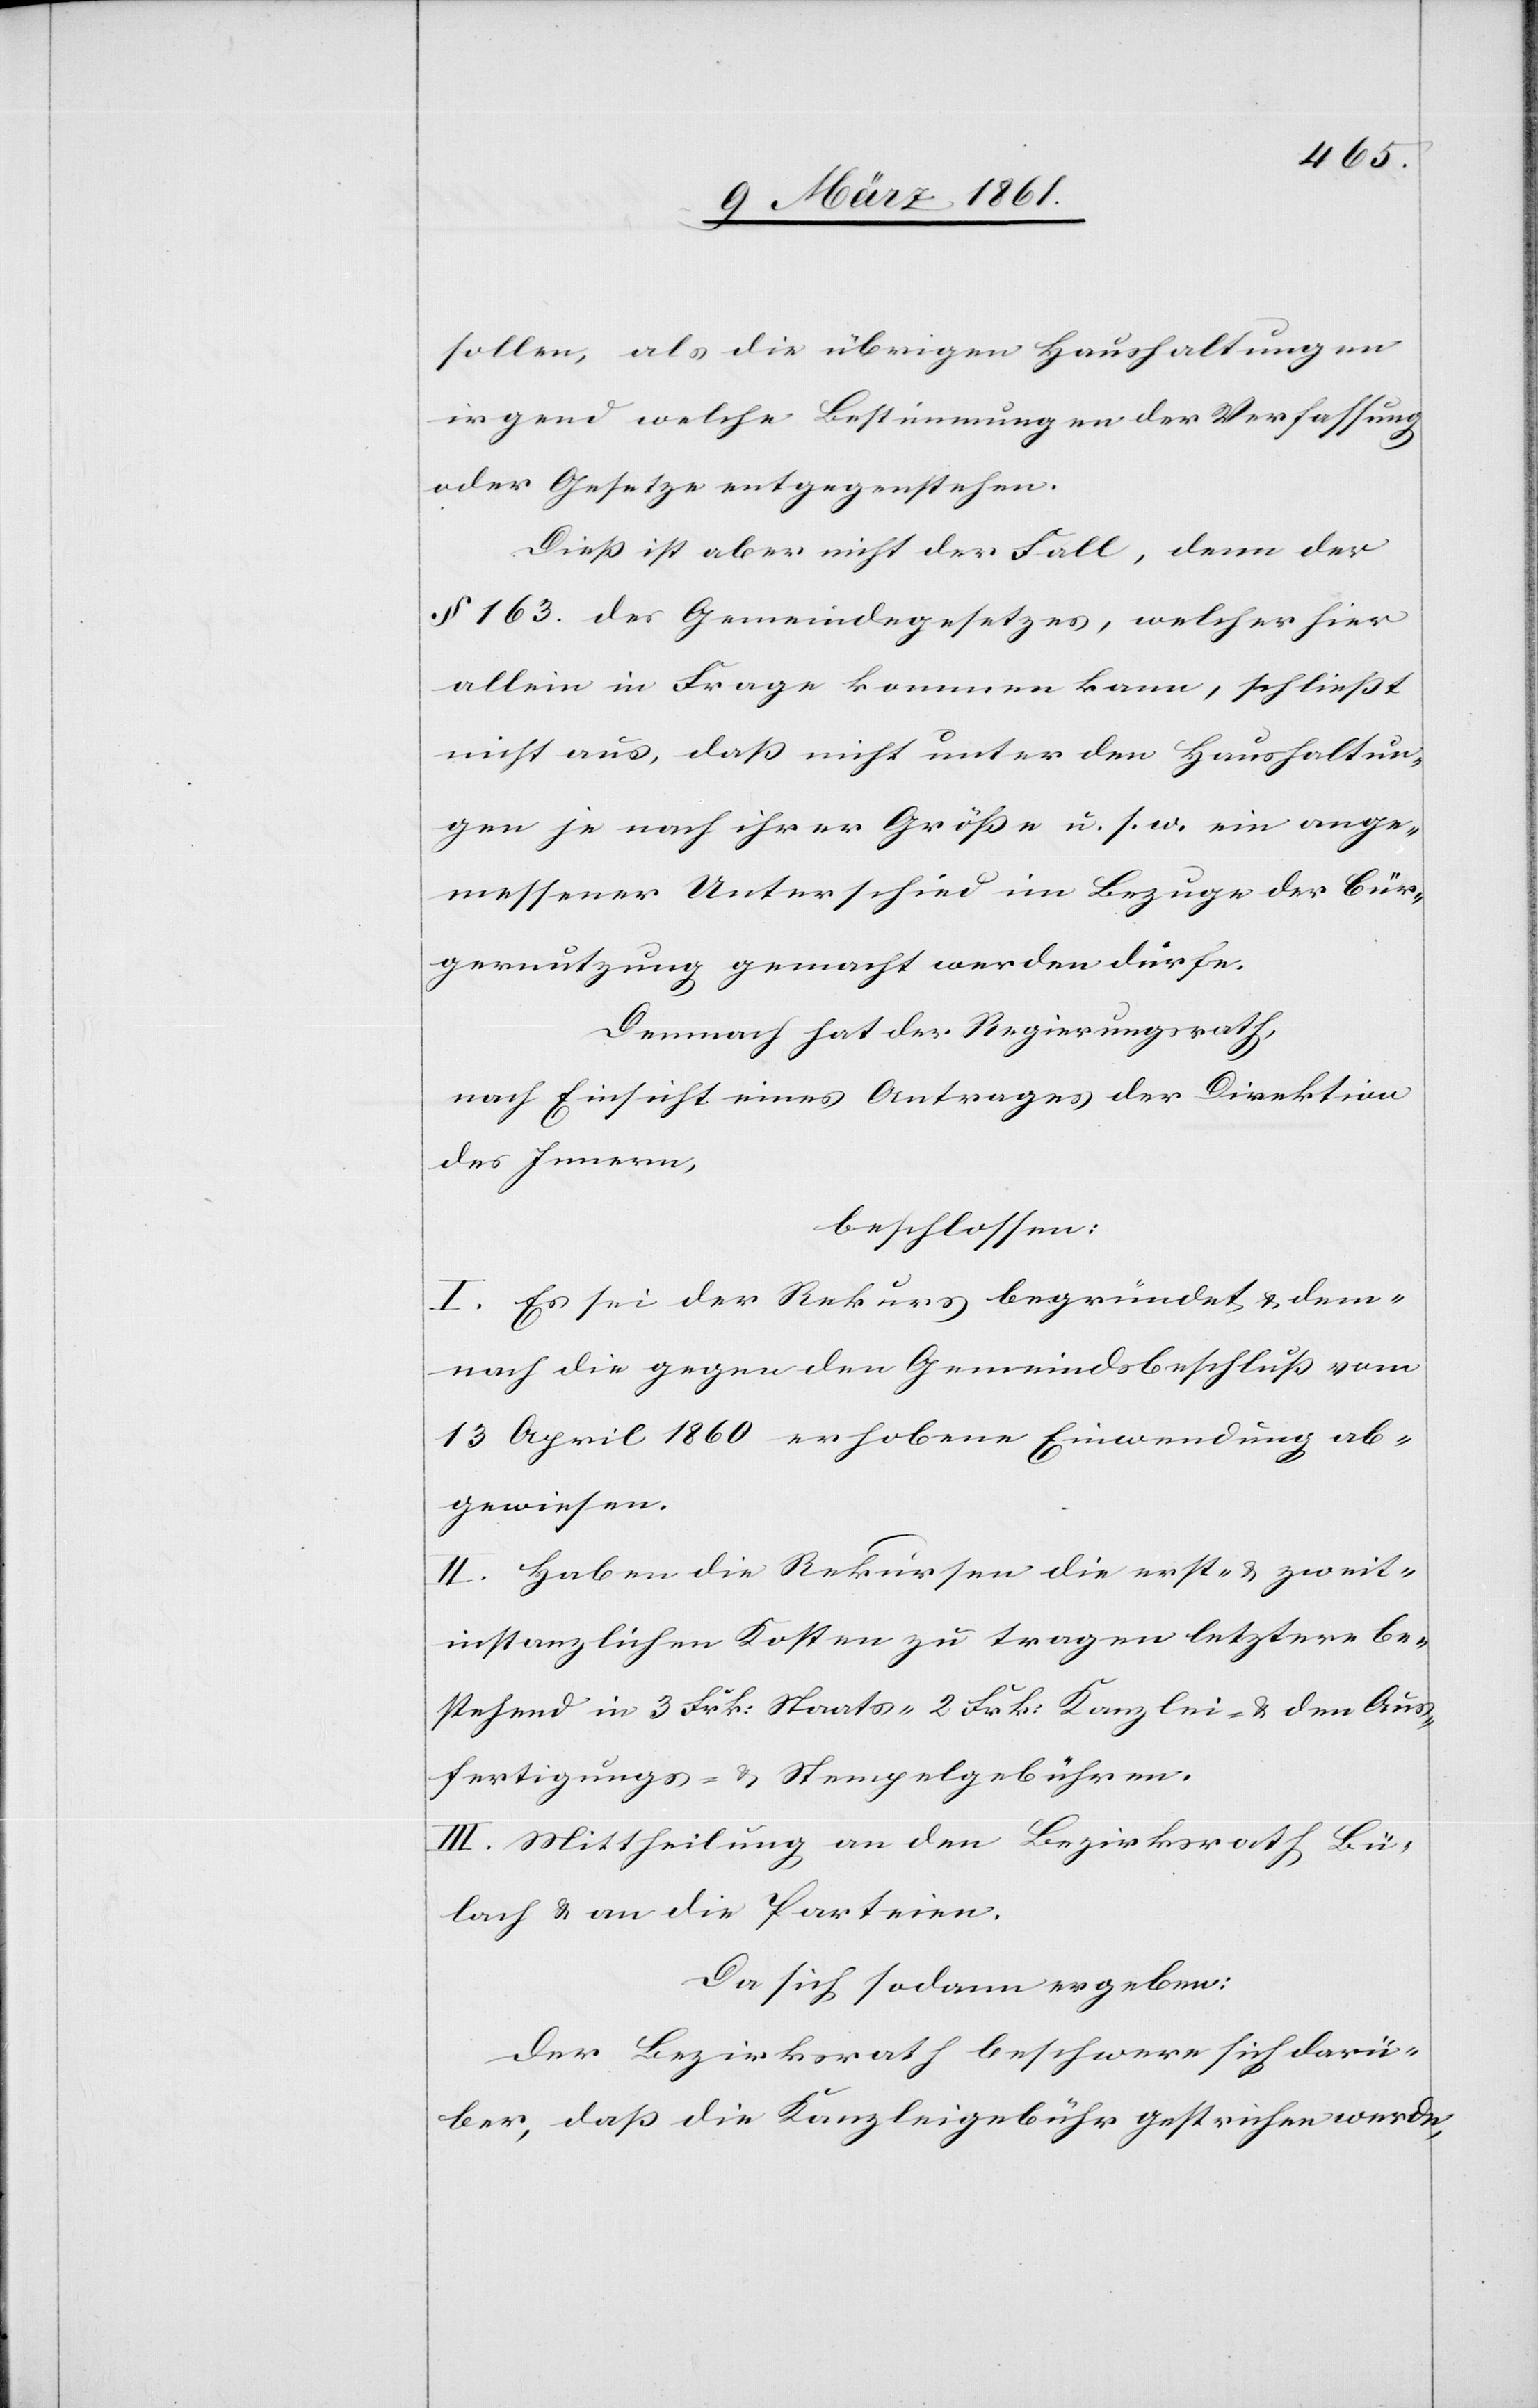
sollen, als die übrigen Haushaltungen
irgend welche Bestimmungen der Verfassung
oder Gesetz entgegenstehen.
Diess ist aber nicht der Fall, denn der
§ 163 des Gemeindegesetzes, welcher hier
allein in Frage kommen kann, schliesst
nicht aus, dass nicht unter den Haushaltun¬
gen je nach ihrer Grösse u. s. w. ein ange¬
messener Unterschied im Bezuge der Bür¬
gernutzung gemacht werden dürfe.
Demnach hat der Regierungsrath,
nach Einsicht eines Antrages der Direktion
des Innern,
beschlossen:
I. Es sei der Rekurs begründet u. dem¬
nach die gegen den Gemeindsbeschluss vom
13 April 1860 erhobene Einwendung ab¬
gewiesen.
II. Haben die Rekursen die erst- u. zweit¬
instanzlichen Kosten zu tragen letztere be¬
stehend in 3 Frk: Staats-[,] 2 Frk: Kanzlei- u. den Aus¬
fertigungs- u. Stempelgebühren.
III. Mittheilung an den Bezirksrath Bü¬
lach u. an die Parteien.
Da sich sodann ergeben:
Der Bezirksrath beschwere sich darü¬
ber, dass die Kanzleigebühr gestrichen werde,